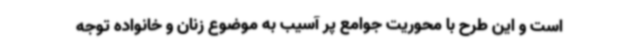
است و این طرح با محوریت جوامع پر آسیب به موضوع زنان و خانواده توجه